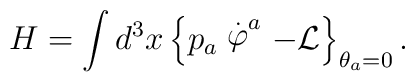
H=\int d^{3}x\left\{ p_{a}\stackrel{.}{\varphi }^{a}-{\cal L}\right\}_{\theta _{a}=0}.